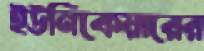
ইউনিকেয়ারের